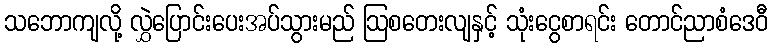
သဘောကျလို့ လွှဲပြောင်းပေးအပ်သွားမည် ဩစတေးလျနှင့် သုံးငွေစာရင်း တောင်ညာစံဒေဝီ